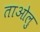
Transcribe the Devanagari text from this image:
ताओलु